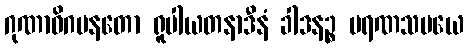
ဂုဏာဓိဂမနတော ရူပါယတနာဒီနံ ခါဒနဉ္စ မရဏသမယေ